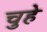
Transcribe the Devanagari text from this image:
चुहे